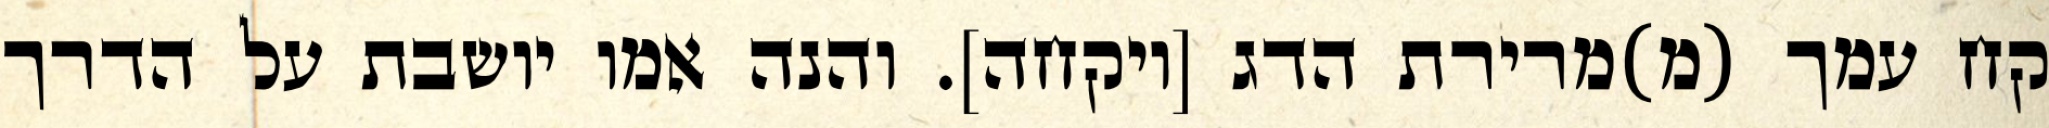
קח עמך (מ)מרירת הדג [ויקחה]. והנה אמו יושבת על הדרך